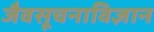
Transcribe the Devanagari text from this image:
जैवसूचनाविज्ञान